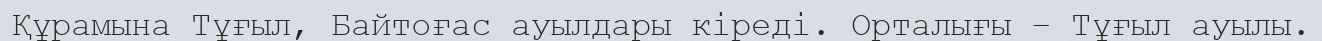
Құрамына Тұғыл, Байтоғас ауылдары кіреді. Орталығы – Тұғыл ауылы.